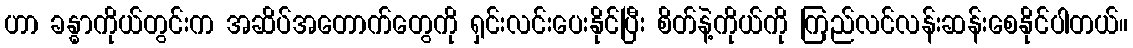
ဟာ ခန္ဓာကိုယ်တွင်းက အဆိပ်အတောက်တွေကို ရှင်းလင်းပေးနိုင်ပြီး စိတ်နဲ့ကိုယ်ကို ကြည်လင်လန်းဆန်းစေနိုင်ပါတယ်။